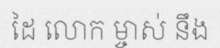
ដៃ លោក ម្ចាស់ នឹង